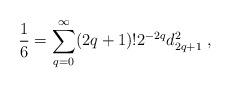
LaTeX: \begin{align*} \frac{1}{6} = \sum_{q=0}^\infty (2q+1)! 2^{-2q} d_{2q+1}^2 \; , \end{align*}